Vabadussoja_Ajaloo_Komitee, lk 5
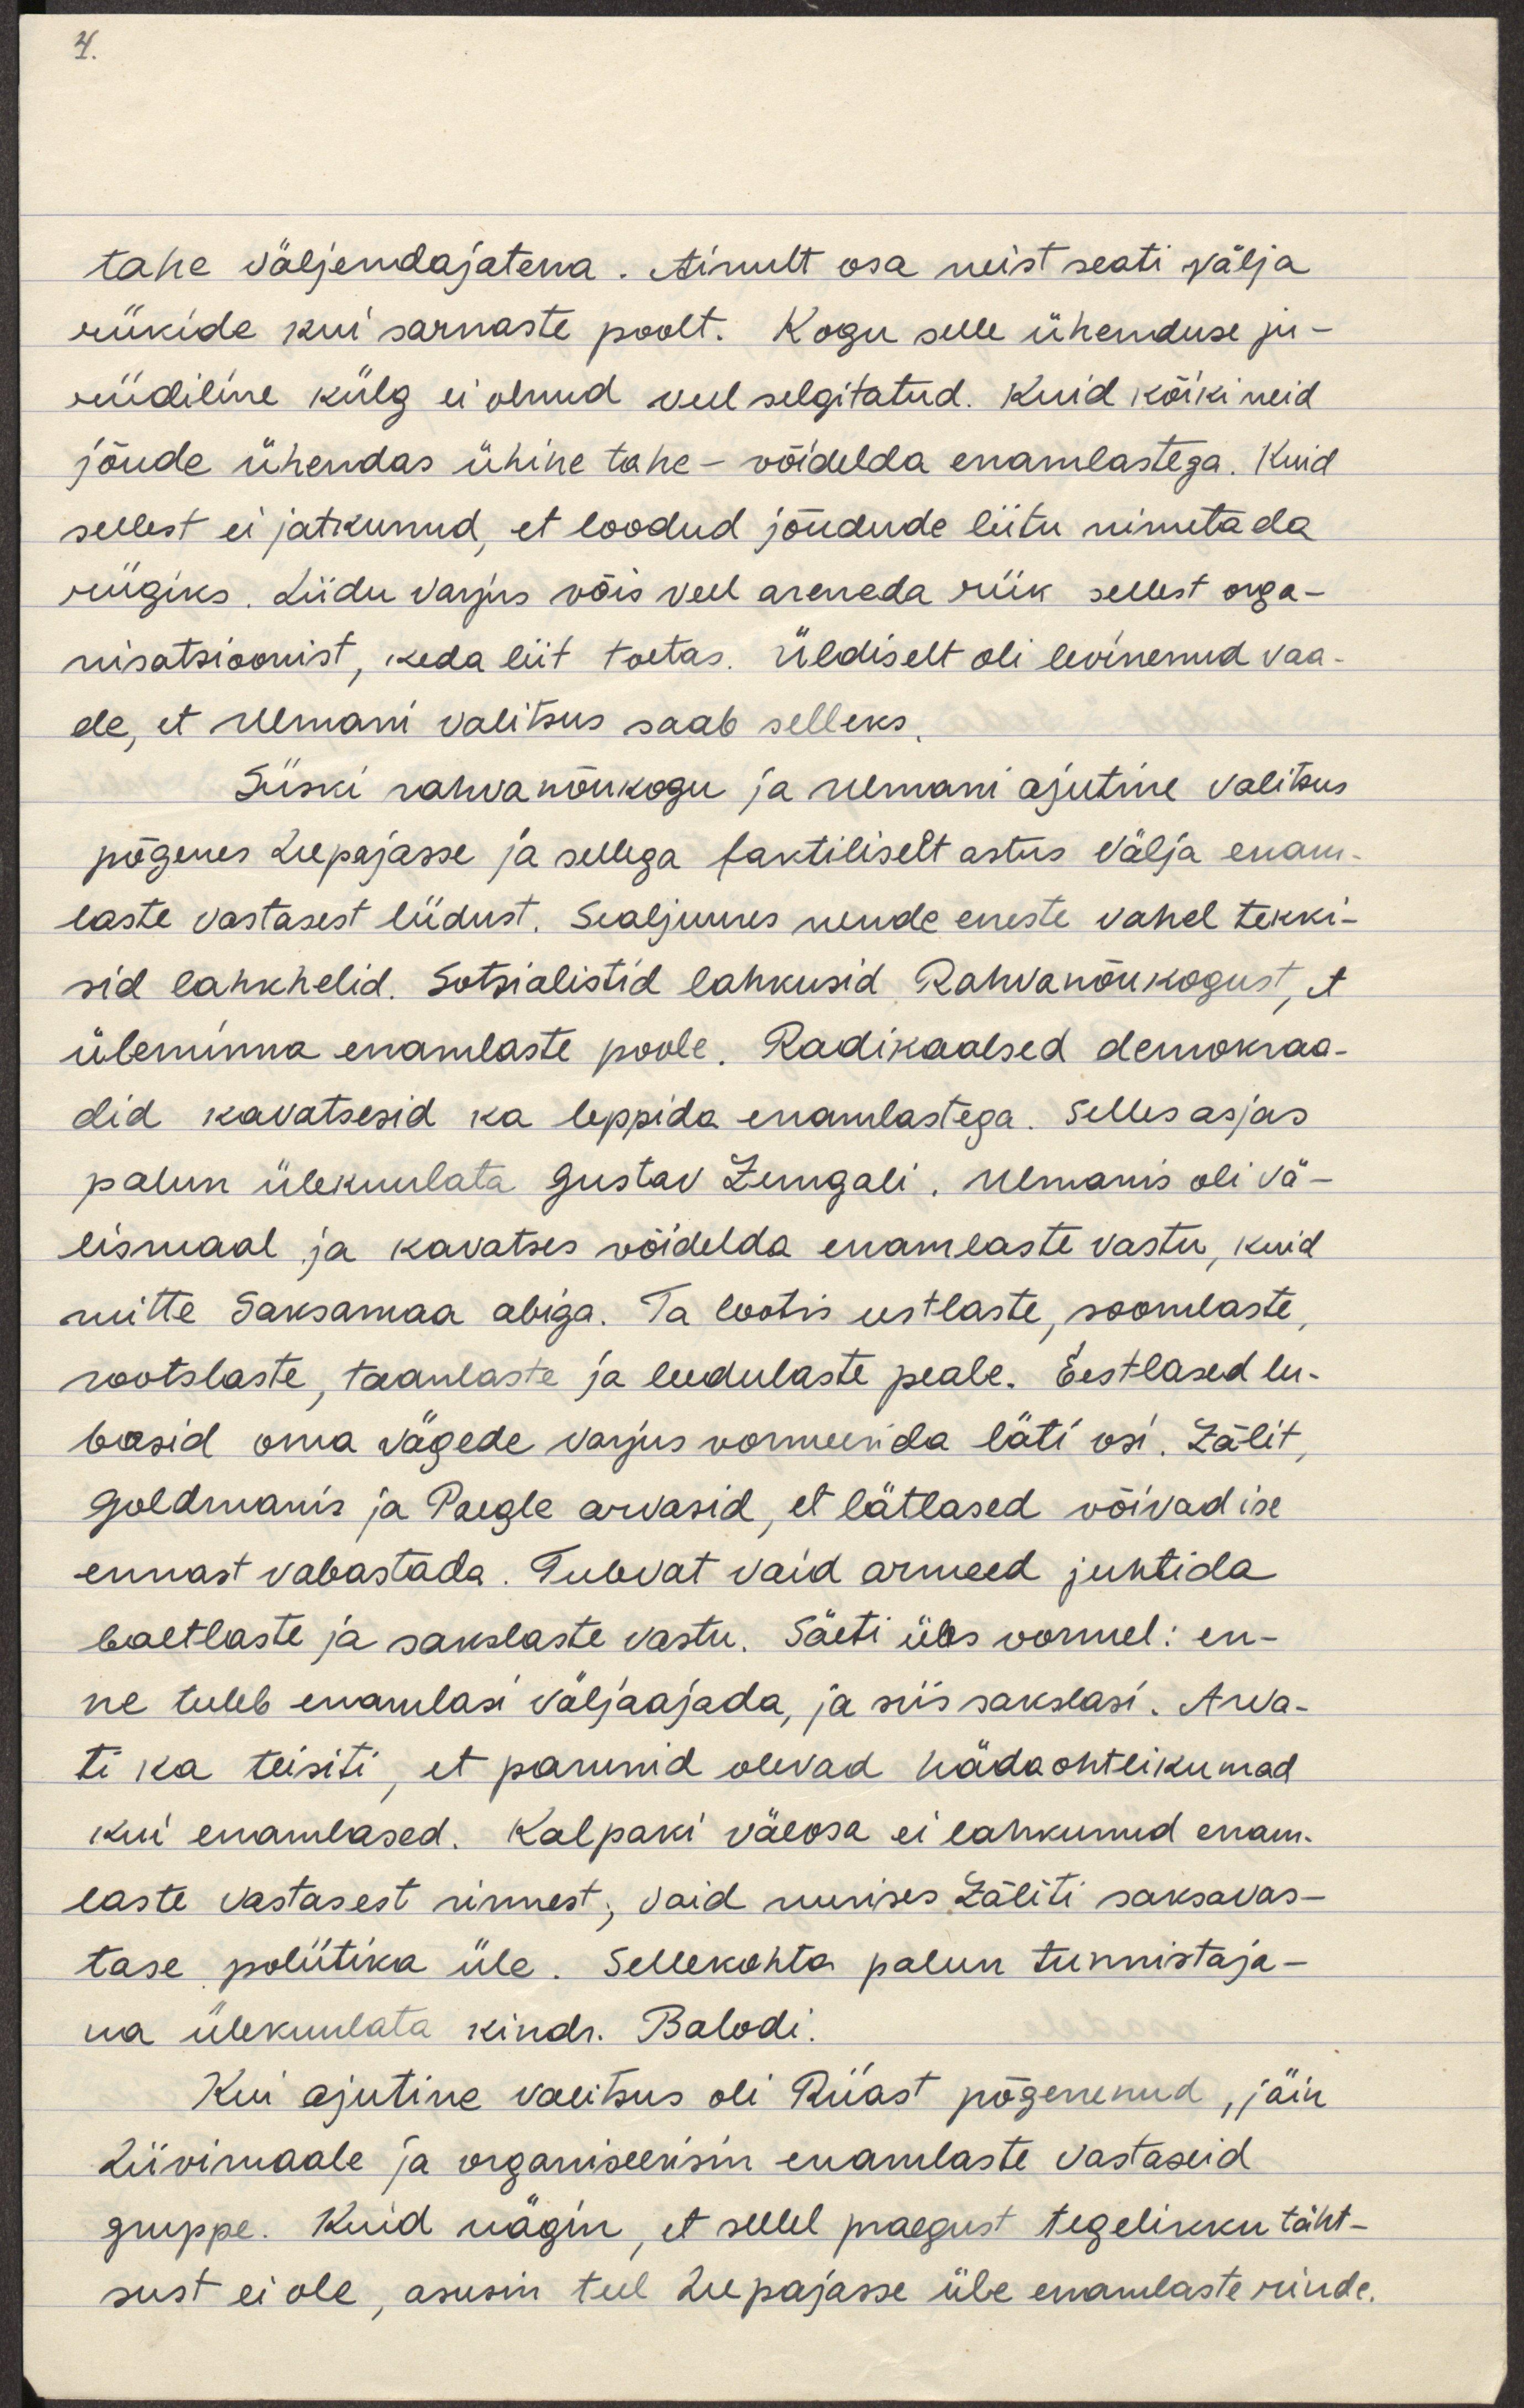
tahe väljendajatena. Ainult osa neist seati välja
riikide kui sarnaste poolt. Kogu selle ühenduse ju-
riidiline külg ei olnud veel selgitatud. Kuid kõiki neid
jõude ühendas ühine tahe - võidelda enamlastega. Kuid
sellest ei jatkunud, et loodud jõudude liitu nimetada
riigiks. Liidu varjus võis veel areneda riik sellest orga-
nisatsioonist, keda liit toetas. Üldiselt oli levinenud vaa-
de, et Ulmani valitsus saab selleks.
Siiski rahvanõukogu ja Ulmani ajutine valitsus
põgenes Liepajasse ja sellega faktiliselt astus välja enam-
laste vastasest liidust. Sealjuures nende eneste vahel tekki-
sid lahkhelid. Sotsialistid lahkusid Rahvanõukogust, et
üleminna enamlaste poole. Radikaalsed demokraa-
did kavatsesid ka leppida enamlastega. Selles asjas
palun ülekuulata Gustav Zemgali. Ulmanis oli vä-
lismaal ja kavatses võidelda enamlaste vastu, kuid
mitte Saksamaa abiga. Ta lootis eestlaste, soomlaste,
rootslaste, taanlaste ja leedulaste peale. Eestlased lu-
basid oma vägede varjus vormeerida läti osa. Zālit,
Goldmanis ja Paegle arvasid, et lätlased võivad ise
ennast vabastada. Tulevat vaid armeed juhtida
baltlaste ja sakslaste vastu. Säeti üks vormel: en-
ne tuleb enamlasi väljaajada, ja siis sakslasi. Arva-
ti ka teisiti, et parunid olevad hädaohtlikumad
kui enamlased. Kalpaki väeosa ei lahkunud enam-
laste vastasest rinnest, vaid nurises Zāliti saksavas-
tase poliitika üle. Sellekohta palun tunnistaja-
na ülekuulata kindr. Balodi.
Kui ajutine valitsus oli Riiast põgenenud, jäin
Liivimaale ja organiseerisin enamlaste vastaseid
gruppe. Kuid nägin, et sellel praegust tegelikku täht-
sust ei ole, asusin teel Liepajasse üle enamlaste rinde.